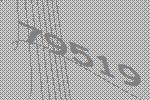
79519